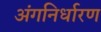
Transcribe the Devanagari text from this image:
अंगनिर्धारण